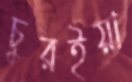
চুরইয়া